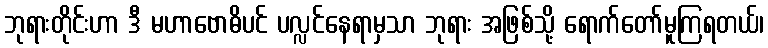
ဘုရားတိုင်းဟာ ဒီ မဟာဗောဓိပင် ပလ္လင်နေရာမှသာ ဘုရား အဖြစ်သို့ ရောက်တော်မူကြရတယ်၊